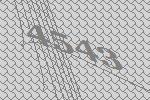
4543